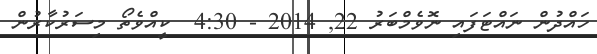
ހައްދުން ނައްޓަފައި ނޮވެމްބަރު 22